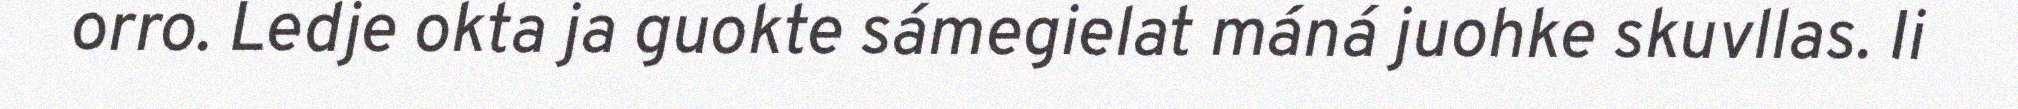
orro. Ledje okta ja guokte sámegielat máná juohke skuvllas. Ii